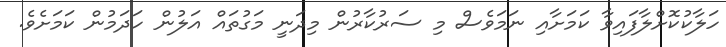
ހަލާކުކޮށްލާފައިވާ ކަމަށާއި ނަމަވެސް މި ސަރުކާރުން މިދަނީ މަގުތައް އަލުން ހަދަމުން ކަމަށެވެ.